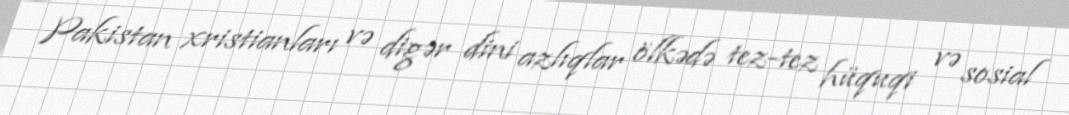
Pakistan xristianları və digər dini azlıqlar ölkədə tez-tez hüquqi və sosial